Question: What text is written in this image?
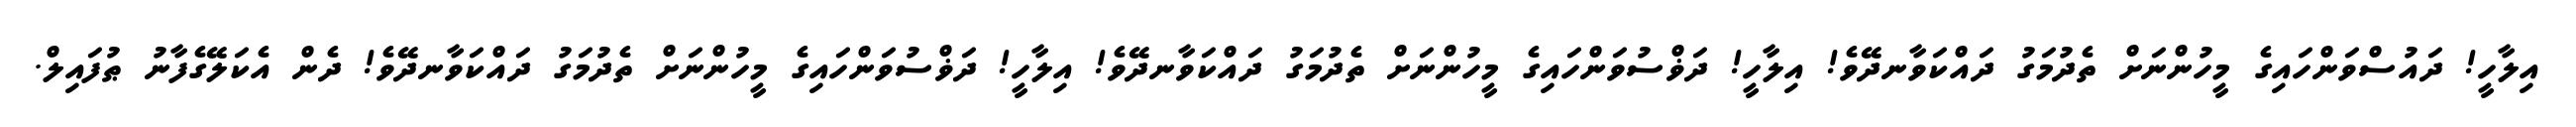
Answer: އިލާހީ! ދައުސްވަންހައިގެ މީހުންނަށް ތެދުމަގު ދައްކަވާނދޭވެ! އިލާހީ! ދަޥްސުވަންހައިގެ މީހުންނަށް ތެދުމަގު ދައްކަވާނދޭވެ! އިލާހީ! ދަޥްސުވަންހައިގެ މީހުންނަށް ތެދުމަގު ދައްކަވާނދޭވެ! ދެން އެކަލޭގެފާނު ޠުފައިލް.